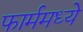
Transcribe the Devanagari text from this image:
फार्ममध्ये